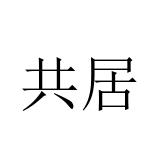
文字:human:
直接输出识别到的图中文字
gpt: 共居